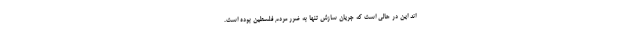
اند این در حالی است که جریان سازش تنها به ضرر مردم فلسطین بوده است.